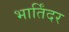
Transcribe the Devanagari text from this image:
भार्तिंदर